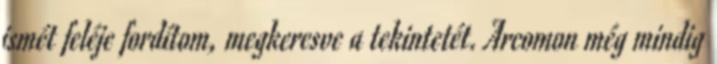
ismét feléje fordítom, megkeresve a tekintetét. Arcomon még mindig